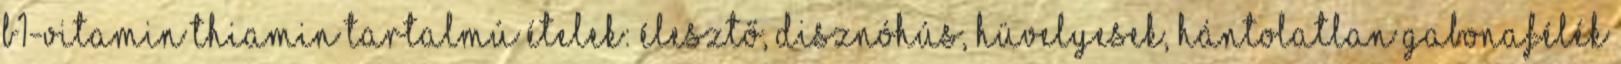
B1-vitamin thiamin tartalmú ételek: élesztő, disznóhús, hüvelyesek, hántolatlan gabonafélék